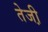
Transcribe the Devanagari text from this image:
तेजी़